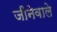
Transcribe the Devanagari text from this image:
जीनेवाले